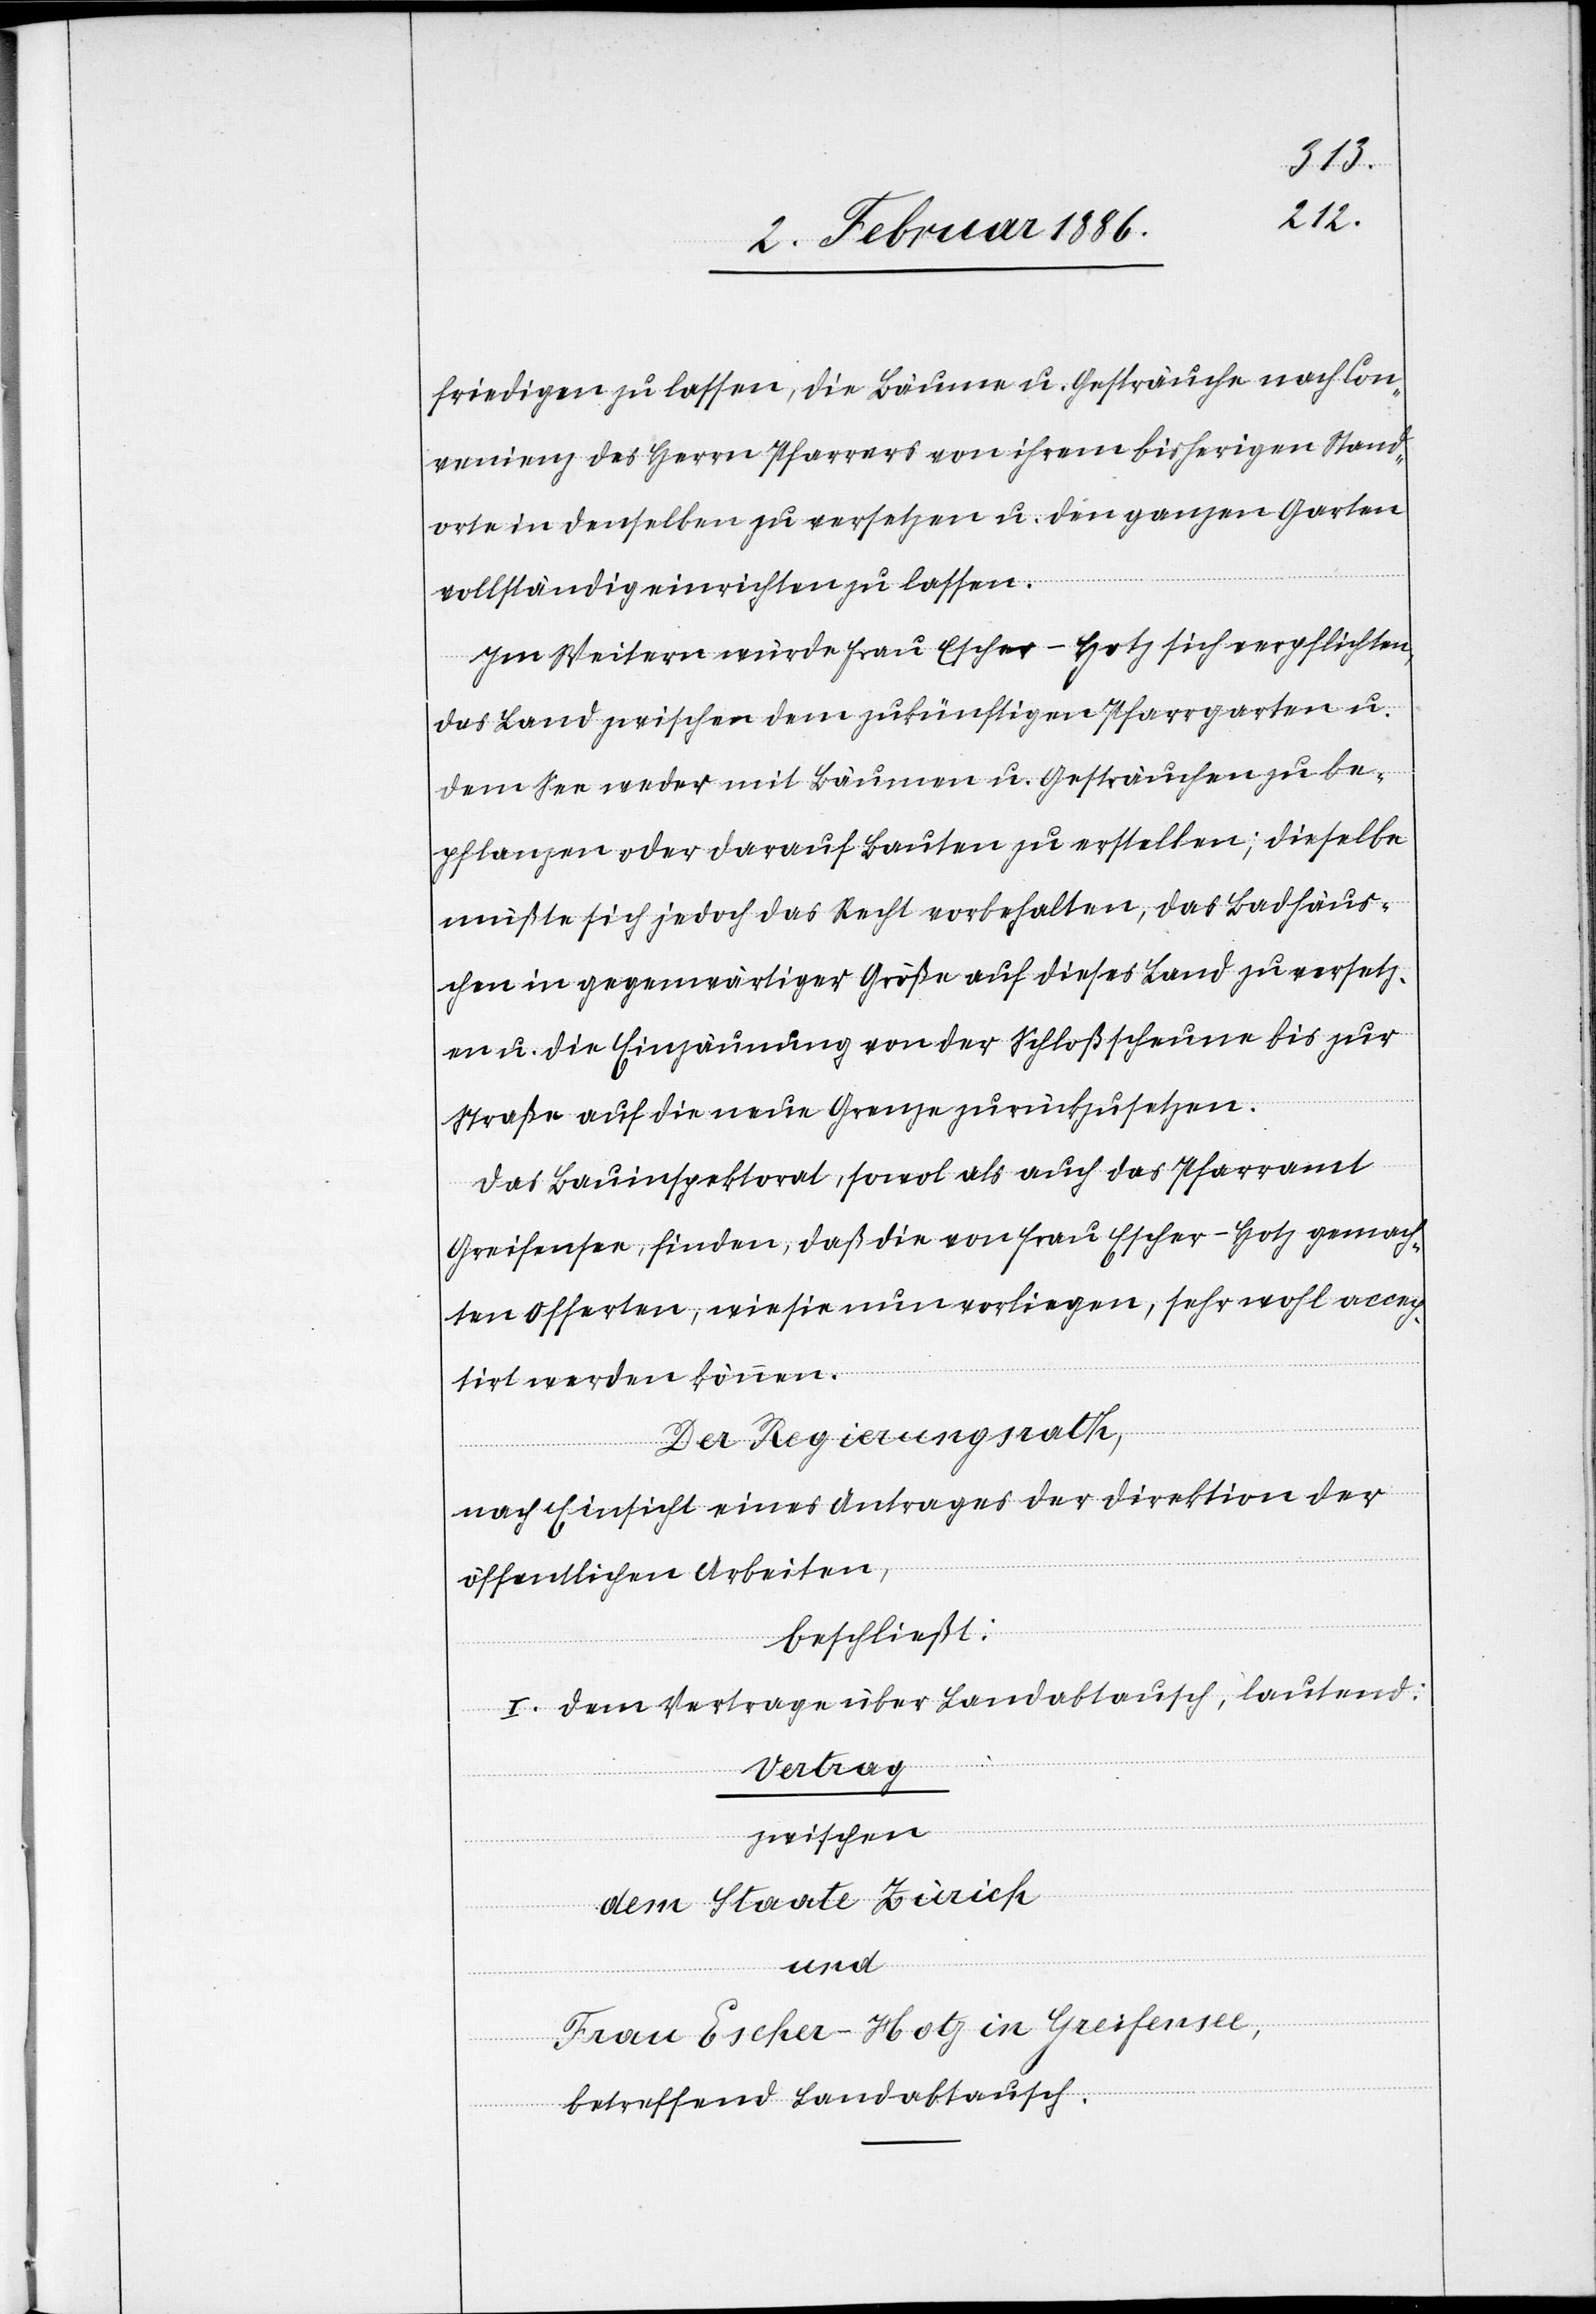
friedigen zu lassen, die Bäume u. Gesträuche nach Con¬
venienz des Herrn Pfarrers von ihrem bisherigen Stand¬
orte in denselben zu versetzen u. den ganzen Garten
vollständig einrichten zu lassen.
Im Weitern würde Frau Escher-Hotz sich verpflichten,
das Land zwischen dem zukünftigen Pfarrgarten u.
dem See weder mit Bäumen u. Gesträuchen zu be¬
pflanzen oder darauf Bauten zu erstellen; dieselbe
müßte sich jedoch das Recht vorbehalten, das Badhäus¬
chen in gegenwärtiger Größe auf dieses Land zu versetz¬
en u. die Einzäunung von der Schloßscheune bis zur
dem Staate
Straße auf die neue Grenze zurückzusetzen.
Das Bauinspektorat, sowol als auch das Pfarramt
Greifensee, finden, daß die von Frau Escher-Hotz gemach¬
te Offerte, wie sie nun vorliege, sehr wohl accep¬
tirt werden könne.
Der Regierungsrath,
nach Einsicht eines Antrages der Direktion der
öffentlichen Arbeiten,
beschließt:
I. Dem Vertrage über Landabtausch, lautend:
Vertrag
zwischen
und
Frau Escher-Hotz in Greifensee,
betreffend Landabtausch.